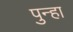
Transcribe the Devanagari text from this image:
पुन्‍हा